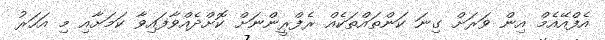
އެފްއޭއެމް އިން ވަރަށް ގިނަ ކަންތައްތަކެއް ރެފްރީންނަށް ކޮށްދެއްވާފައިވާ ކަމަށާއި މި އަހަރު